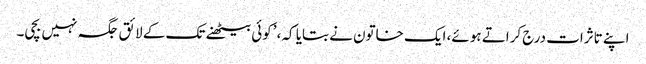
اپنے تاثرات درج کراتے ہوئے، ایک خاتون نے بتایا کہ، ’کوئی بیٹھنے تک کے لائق جگہ نہیں بچی۔